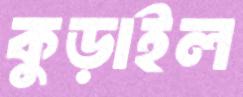
কুড়াইল